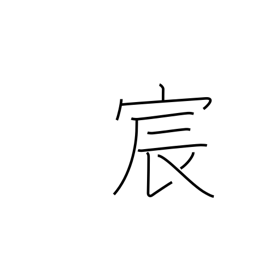
Meaning: imperial courtesy